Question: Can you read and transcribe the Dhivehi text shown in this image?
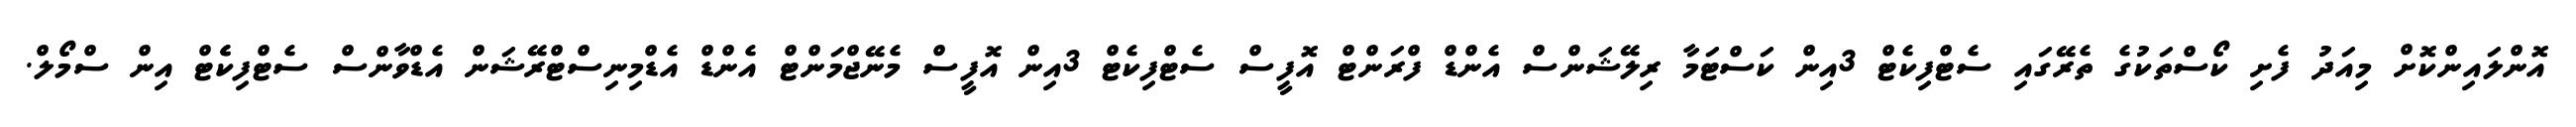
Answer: އޮންލައިންކޮށް މިއަދު ފެށި ކޯސްތަކުގެ ތެރޭގައި ސެޓްފިކެޓް 3އިން ކަސްޓަމާ ރިލޭޝަންސް އެންޑް ފްރަންޓް އޮފީސް ސެޓްފިކެޓް 3އިން އޮފީސް މެނޭޖްމަންޓް އެންޑް އެޑްމިނިސްޓްރޭޝަން އެޑްވާންސް ސެޓްފިކެެޓް އިން ސްމޯލް.